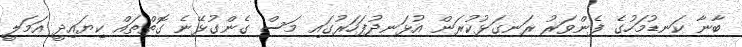
ބާނާ ކަނޑުމަހުގެ ފެންވަރު ރަނގަޅުކުރަން އުޅަނދުފަހަރުގައި މަސް ގެންގުޅޭނެ ގޮތްތައް ކިޔައިދީ އަމަލީ